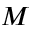
M